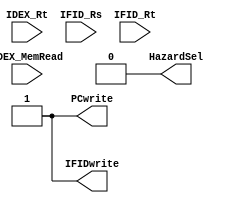
module HazardUnit(input IDEX_MemRead, input [4:0]IDEX_Rt, IFID_Rs, IFID_Rt, output reg PCwrite, IFIDwrite, HazardSel);
	assign HazardSel = 1'b0;
	assign 	PCwrite = 1'b1; 
	assign IFIDwrite = 1'b1;
	always @(IDEX_MemRead, IDEX_Rt, IFID_Rs, IFID_Rt) begin
		HazardSel = 1'b0; PCwrite = 1'b1; IFIDwrite = 1'b1;
		case(IDEX_Rt)
			IFID_Rs: begin
						if ((IDEX_MemRead == 1'b1) && (IDEX_Rt != 5'd0)) begin HazardSel = 1'b1; PCwrite = 1'b0; IFIDwrite = 1'b0; end
					 end
			IFID_Rt: begin
						if ((IDEX_MemRead == 1'b1) && (IDEX_Rt != 5'd0)) begin HazardSel = 1'b1; PCwrite = 1'b0; IFIDwrite = 1'b0; end
					 end
			default: begin HazardSel = 1'b0; PCwrite = 1'b1; IFIDwrite = 1'b1; end
		endcase
	end
endmodule